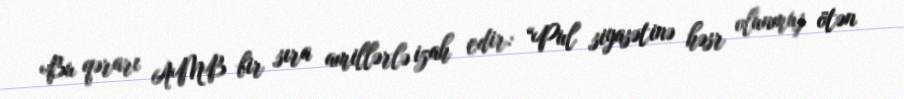
Bu qərarı AMB bir sıra amillərlə izah edir: “Pul siyasətinə həsr olunmuş ötən